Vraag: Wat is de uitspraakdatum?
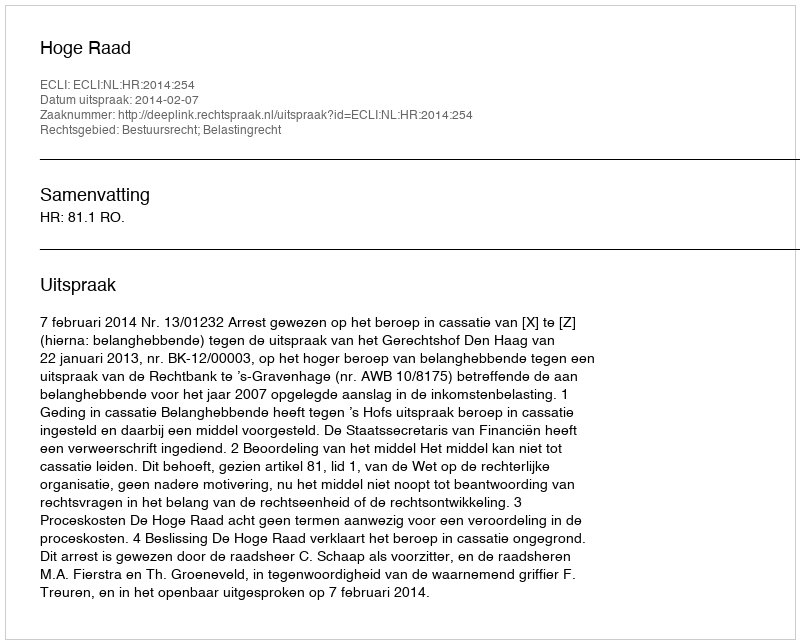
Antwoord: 2014-02-07